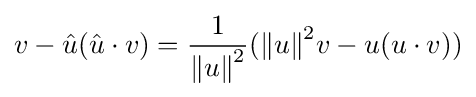
v-{\hat {u}}({\hat {u}}\cdot v)={\frac {1}{{\Vert u\Vert }^{2}}}({\Vert u\Vert }^{2}v-u(u\cdot v))